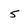
Character: 5